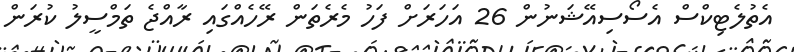
އެތުލެޓިކްސް އެސޯސިއޭޝަނުން 26 އަހަރަށް ފަހު މެރެތަން ރޭހެއްގައި ރާއްޖެ ތަމްސީލު ކުރަން